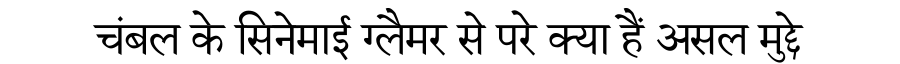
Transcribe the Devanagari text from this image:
चंबल के सिनेमाई ग्लैमर से परे क्या हैं असल मुद्दे